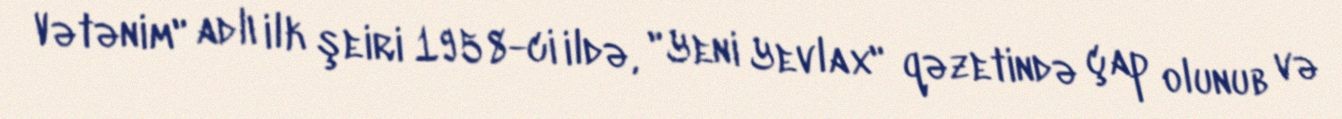
Vətənim" adlı ilk şeiri 1958-ci ildə, "Yeni Yevlax" qəzetində çap olunub və